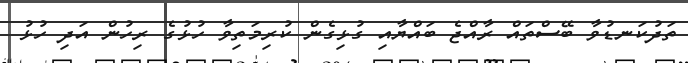
ތަދުކަނޑުވާ ބޭސްތައް ރާއްޖެ ބައްޔާއި ގުޅިގެން ކުރިމަތިވާ ހުޅުގެ ރިހުން އަދި ހުޅު